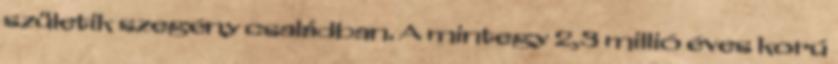
születik szegény családban. A mintegy 2,3 millió éves korú